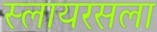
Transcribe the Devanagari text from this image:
स्लायरसला